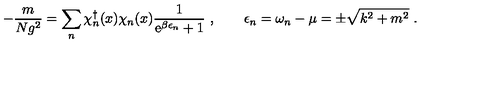
- \frac { m } { N g ^ { 2 } } = \sum _ { n } \chi _ { n } ^ { \dagger } ( x ) \chi _ { n } ( x ) \frac { 1 } { \mathrm { e } ^ { \beta \epsilon _ { n } } + 1 } \ , \qquad \epsilon _ { n } = \omega _ { n } - \mu = \pm \sqrt { k ^ { 2 } + m ^ { 2 } } \ .